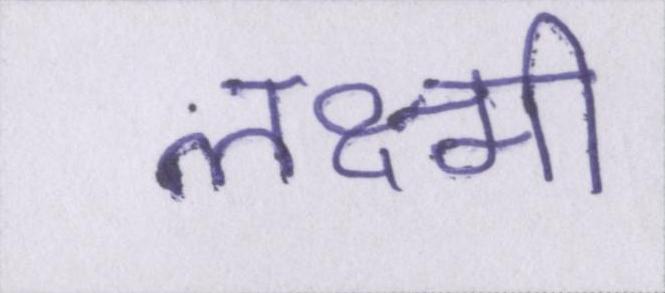
लक्ष्मी